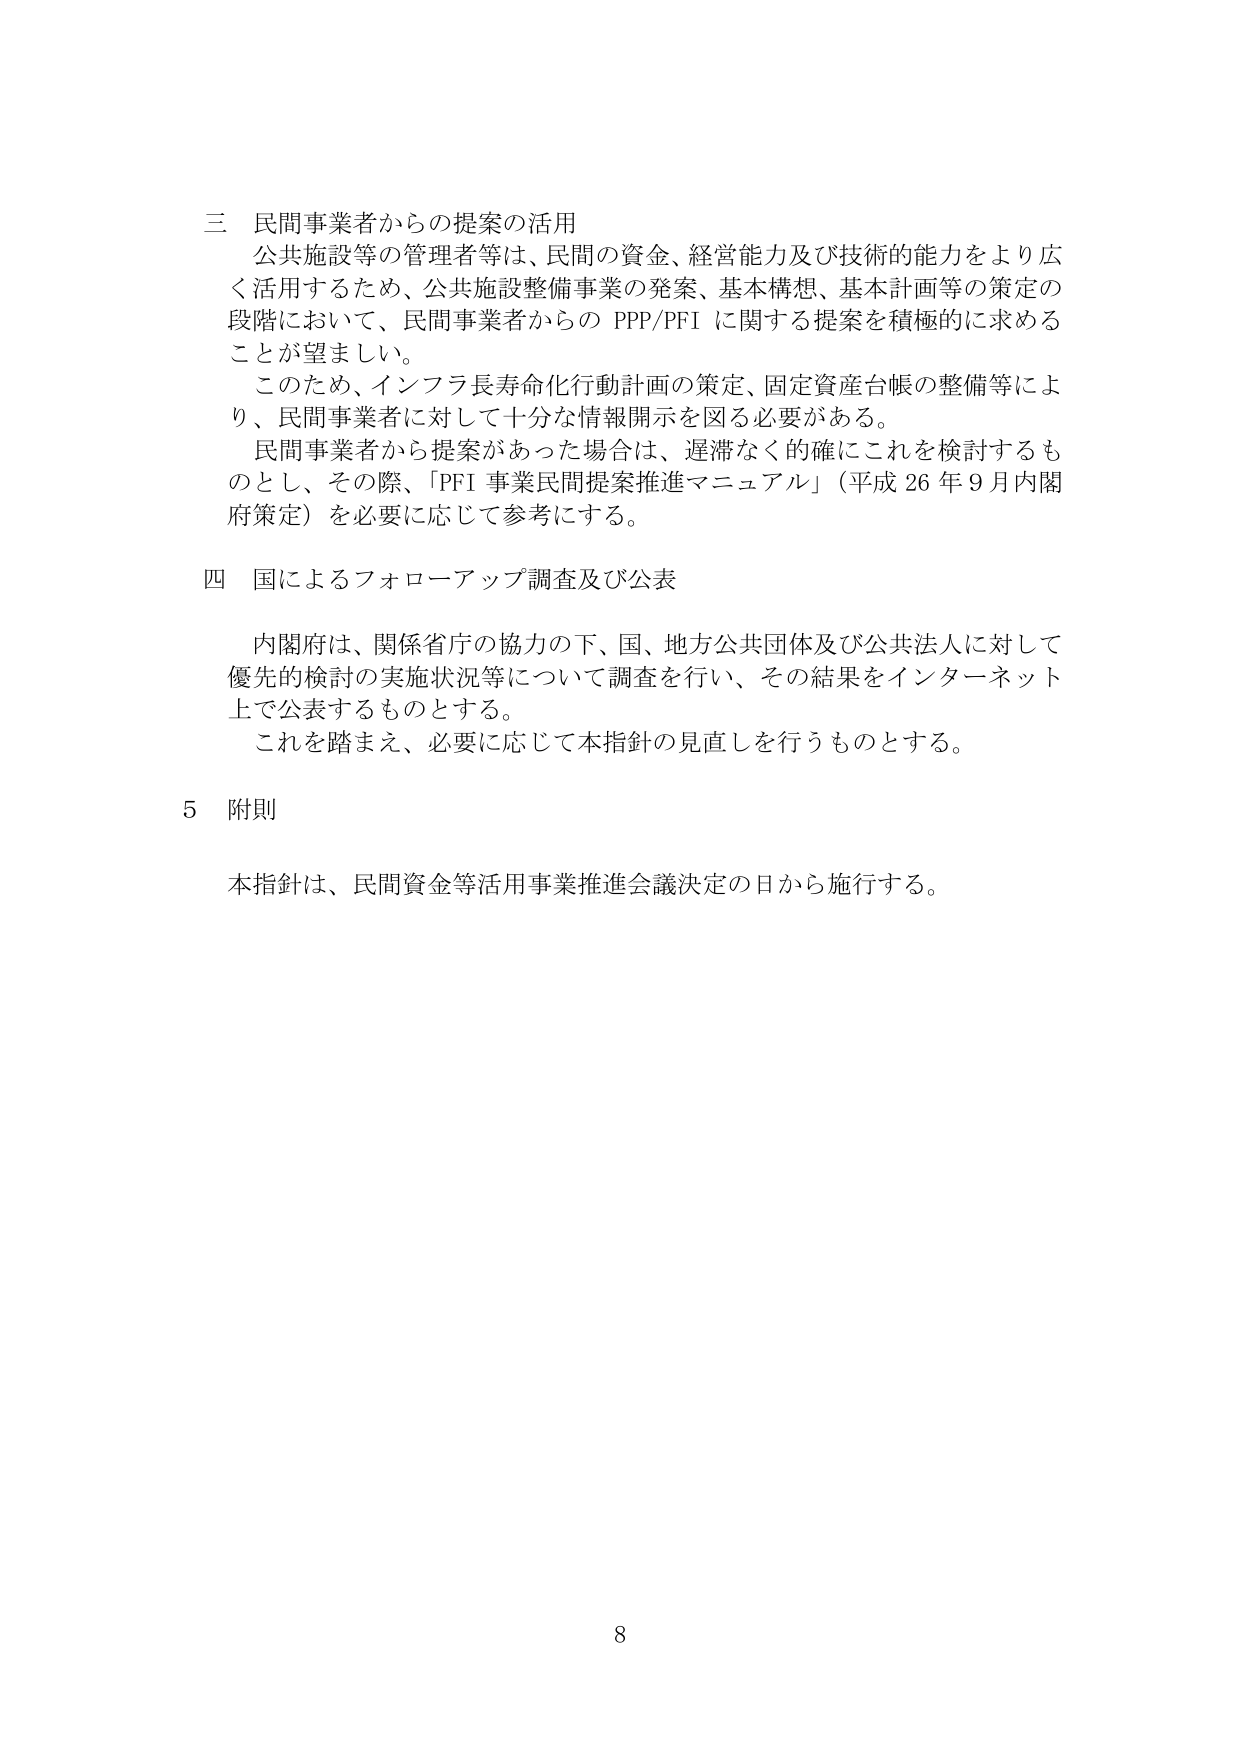
三 民間事業者からの提案の活用
公共施設等の管理者等は、民間の資金、経営能力及び技術的能力をより広く活用するため、公共施設整備事業の発案、基本構想、基本計画等の策定の段階において、民間事業者からの PPP/PFI に関する提案を積極的に求めることが望ましい。
このため、インフラ長寿命化行動計画の策定、固定資産台帳の整備等により、民間事業者に対して十分な情報開示を図る必要がある。
民間事業者から提案があった場合は、遅滞なく的確にこれを検討するものとし、その際、「PFI 事業民間提案推進マニュアル」（平成 26 年 9 月内閣府策定）を必要に応じて参考にする。

四 国によるフォローアップ調査及び公表
内閣府は、関係省庁の協力の下、国、地方公共団体及び公共法人に対して優先的検討の実施状況等について調査を行い、その結果をインターネット上で公表するものとする。
これを踏まえ、必要に応じて本指針の見直しを行うものとする。

5 附則
本指針は、民間資金等活用事業推進会議決定の日から施行する。

8